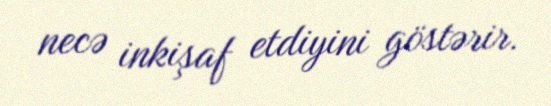
necə inkişaf etdiyini göstərir.